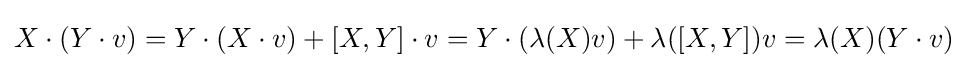
X\cdot (Y\cdot v)=Y\cdot (X\cdot v)+[X,Y]\cdot v=Y\cdot (\lambda (X)v)+\lambda ([X,Y])v=\lambda (X)(Y\cdot v)